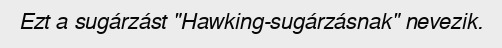
Ezt a sugárzást "Hawking-sugárzásnak" nevezik.